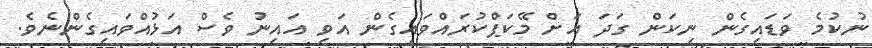
ނުކުމެ ވަޑައިގެން ނިކަން ގަދަ އަށް މޭކަޕްކުރައްވައިގެން އަވި އައިނު ވެސް އަޅުއްވައިގެންނެވެ.